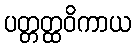
ပတ္တတ္ထဝိကာယ